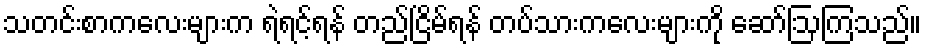
သတင်းစာကလေးများက ရဲရင့်ရန် တည်ငြိမ်ရန် တပ်သားကလေးများကို ဆော်ဩကြသည်။